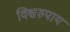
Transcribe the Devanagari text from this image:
विश्वरुपाय